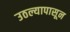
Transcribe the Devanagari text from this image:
उठल्यापासून